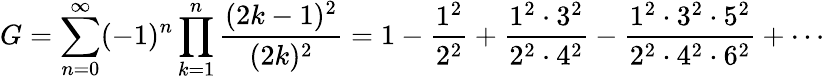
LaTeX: G=\sum_{n=0}^{\infty}(-1)^{n}\prod_{k=1}^{n}{\frac{(2k-1)^{2}}{(2k)^{2}}}=1-{\frac{1^{2}}{2^{2}}}+{\frac{1^{2}\cdot 3^{2}}{2^{2}\cdot 4^{2}}}-{\frac{1^{2}\cdot 3^{2}\cdot 5^{2}}{2^{2}\cdot 4^{2}\cdot 6^{2}}}+\cdots